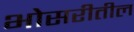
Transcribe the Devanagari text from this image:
भोसरीतील